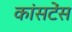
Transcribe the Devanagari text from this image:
कांसटेंस